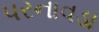
પરનાવડા